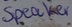
Text: Speaker